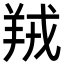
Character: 羢